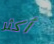
أكثر